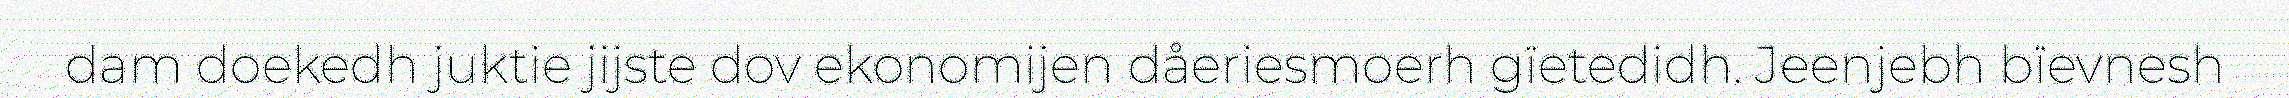
dam doekedh juktie jijste dov ekonomijen dåeriesmoerh gïetedidh. Jeenjebh bïevnesh